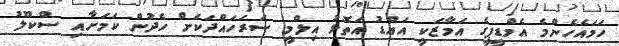
ހަމައެހެންމެ އެމްޑީޕީގެ އަމާޒަކީ އައްޑު އަތޮޅު އިލްމީ ސަރަހައްދަކަށް ހެދުން ކަމަށާއި ސްކޫލު